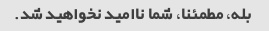
بله، مطمئنا، شما ناامید نخواهید شد.